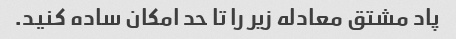
پاد مشتق معادله زیر را تا حد امکان ساده کنید.